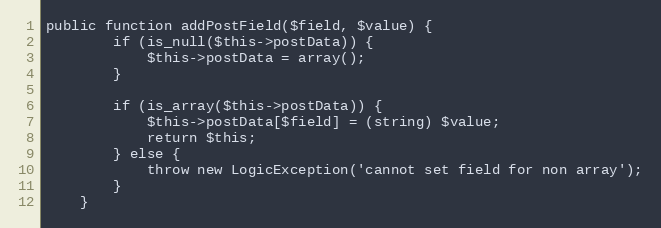
Language: PHP
public function addPostField($field, $value) {
        if (is_null($this->postData)) {
            $this->postData = array();
        }

        if (is_array($this->postData)) {
            $this->postData[$field] = (string) $value;
            return $this;
        } else {
            throw new LogicException('cannot set field for non array');
        }
    }